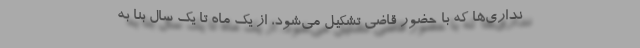
نداری‌ها که با حضور قاضی تشکیل می‌شود، از یک ماه تا یک سال بنا به